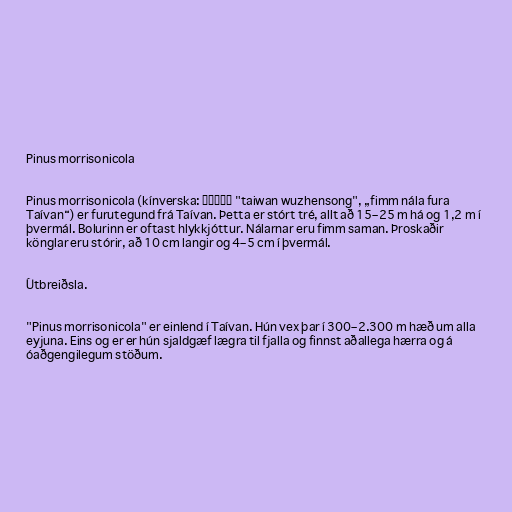
Pinus morrisonicola

Pinus morrisonicola (kínverska: 台湾五针松 "taiwan wuzhensong", „fimm nála fura
Taívan“) er furutegund frá Taívan. Þetta er stórt tré, allt að 15–25 m há og 1,2 m í
þvermál. Bolurinn er oftast hlykkjóttur. Nálarnar eru fimm saman. Þroskaðir
könglar eru stórir, að 10 cm langir og 4–5 cm í þvermál.

Útbreiðsla.

"Pinus morrisonicola" er einlend í Taívan. Hún vex þar í 300–2.300 m hæð um alla
eyjuna. Eins og er er hún sjaldgæf lægra til fjalla og finnst aðallega hærra og á
óaðgengilegum stöðum.